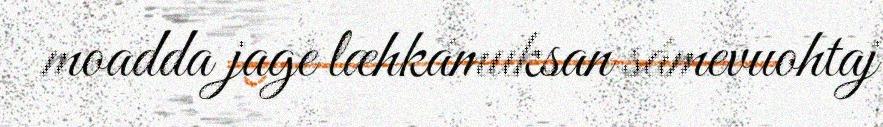
moadda jage læhkámuksan sámevuohtaj